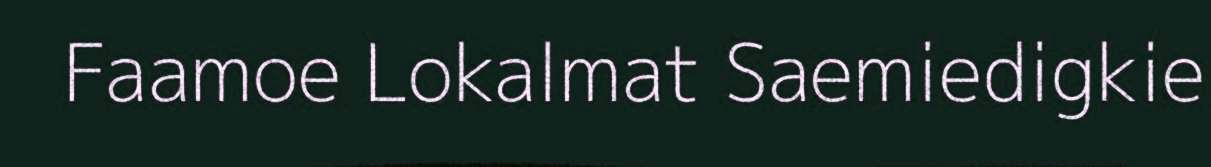
Faamoe Lokalmat Saemiedigkie